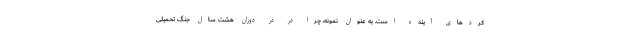
کردهای آینده است. به عنوان نمونه، چرا در در دوران هشت سال جنگ تحمیلی